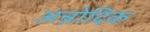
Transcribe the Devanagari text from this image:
अन्नोदिक